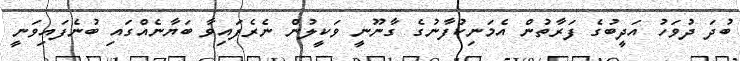
ބުދަ ދުވަހު އަދީބުގެ ފަރާތުން އެމަނިކުފާނުގެ ގާނޫނީ ވަކީލުން ނެރެފައިވާ ބަޔާނެއްގައި ބުނެފައިވަނީ